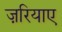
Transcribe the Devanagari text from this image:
ज़रियाए